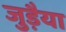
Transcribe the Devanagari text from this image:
जुड़ैया